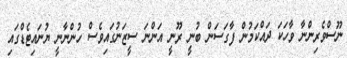
ނޫސްވެރިންނާ ވާހަކަ ދައްކަމުން ފާގަސަން ބުނީ ރޫނީ އަންނަ ސީޒަނުގައިވެސް ހުންނާނީ ޔުނައިޓެޑްގައި